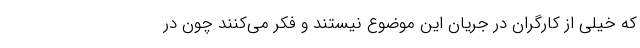
که خیلی از کارگران در جریان این موضوع نیستند و فکر می‌کنند چون در